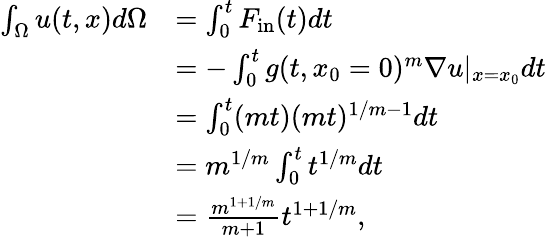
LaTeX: \begin{array}{rl}{\int_{\Omega}u(t,x)d\Omega}&{=\int_{0}^{t}F_{\mathrm{in}}(t)dt}\\ &{=-\int_{0}^{t}g(t,x_{0}=0)^{m}\nabla u|_{x=x_{0}}dt}\\ &{=\int_{0}^{t}(mt)(mt)^{1/m-1}dt}\\ &{=m^{1/m}\int_{0}^{t}t^{1/m}dt}\\ &{=\frac{m^{1+1/m}}{m+1}t^{1+1/m},}\end{array}